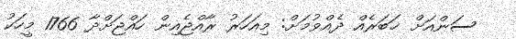
ސަންއަށް ޚަބަރެއް ދެއްވުމަށް: މިއަހަރު ރާއްޖެއިން ހައްޖަށްދާ 1766 މީހަކު